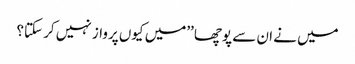
میں نے ان سے پوچھا ’’میں کیوں پرواز نہیں کر سکتا؟